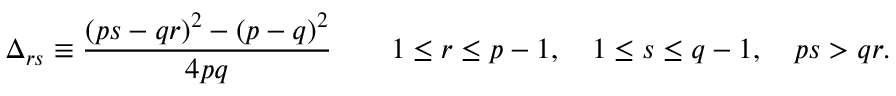
\Delta _ { r s } \equiv \frac { ( p s - q r ) ^ { 2 } - ( p - q ) ^ { 2 } } { 4 p q } \qquad 1 \leq r \leq p - 1 , \quad 1 \leq s \leq q - 1 , \quad p s > q r .